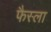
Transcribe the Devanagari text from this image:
फैस्ला